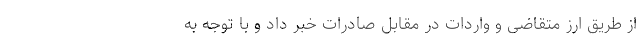
از طریق ارز متقاضی و واردات در مقابل صادرات خبر داد و با توجه به